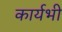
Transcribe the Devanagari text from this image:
कार्यभी